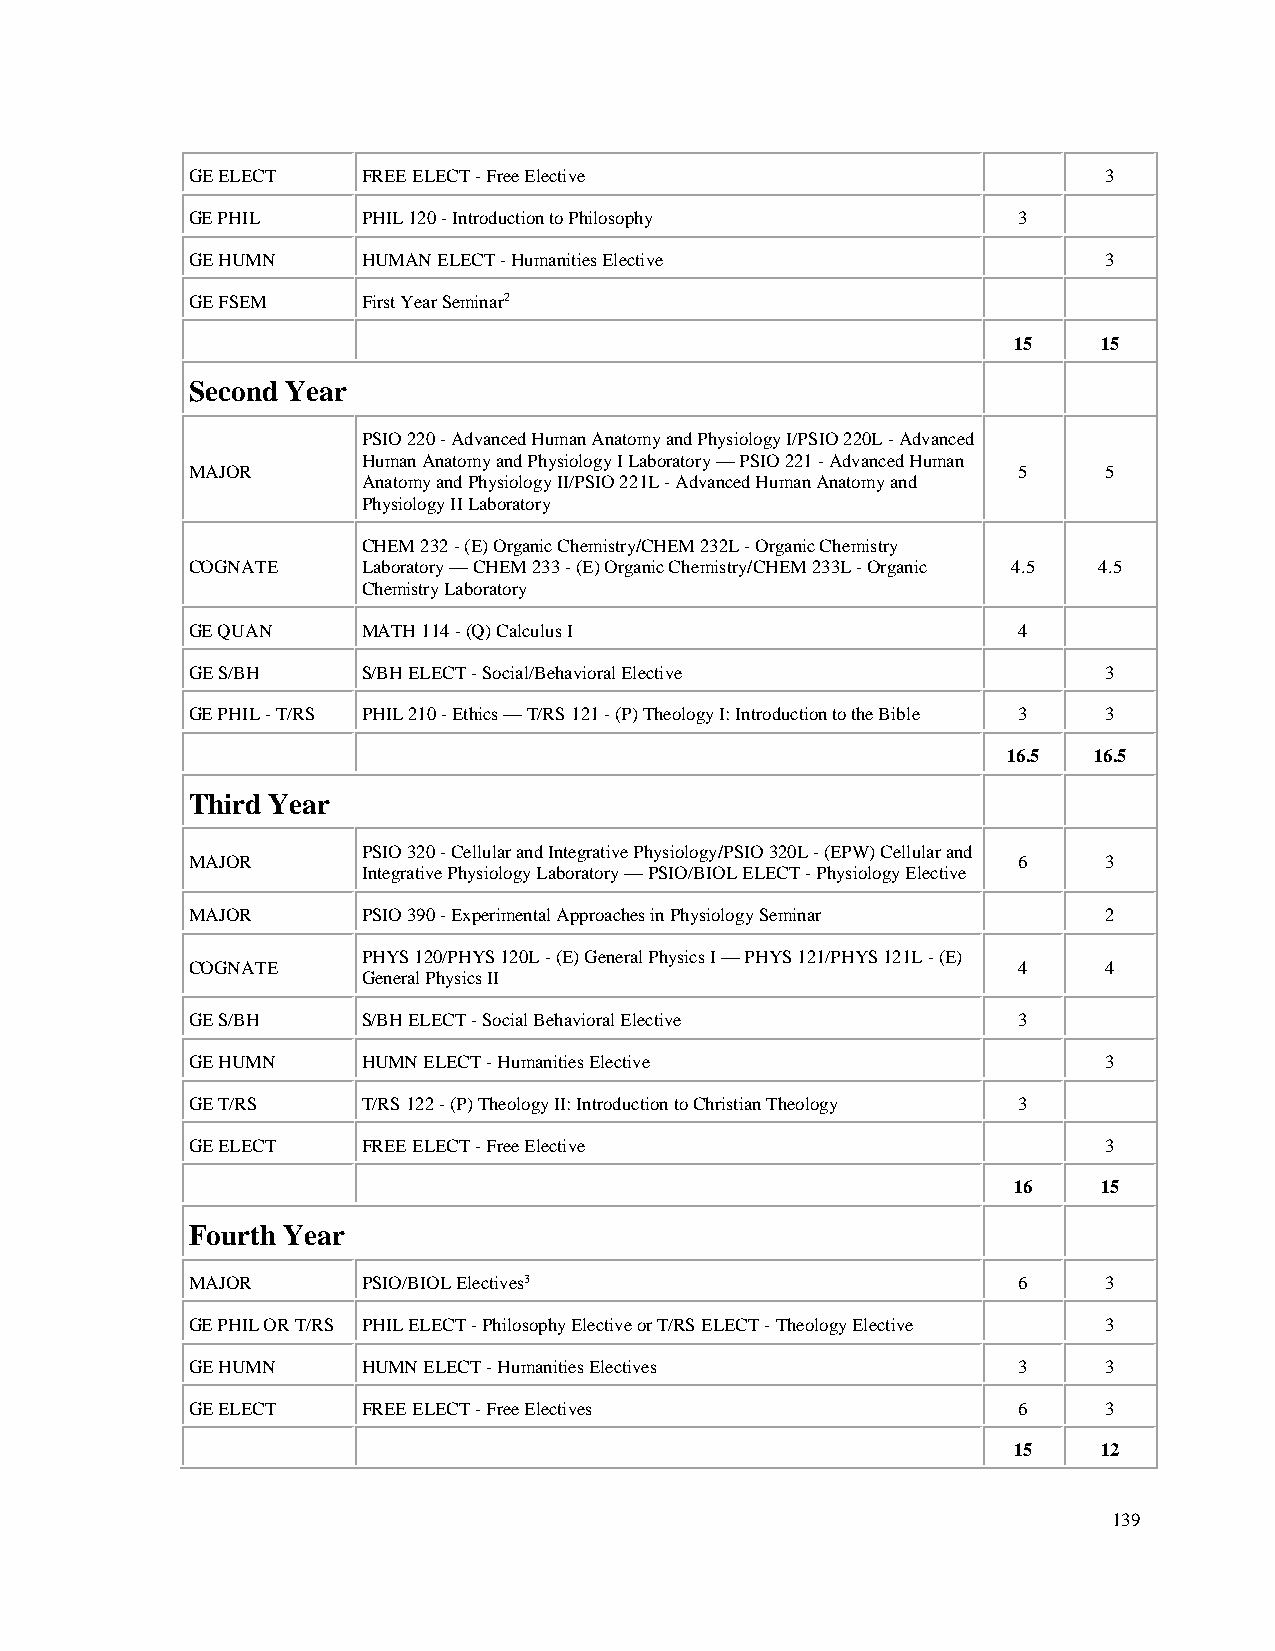
GE ELECT    FREE ELECT - Free Elective                       3
 GE PHIL     PHIL 120 - Introduction to Philosophy      3
 GE HUMN     HUMAN ELECT - Humanities Elective                3
 GE FSEM     First Year Seminar2
 15    15
 Second Year
 PSIO 220 - Advanced Human Anatomy and Physiology I/PSIO 220L - Advanced
 Human Anatomy and Physiology I Laboratory — PSIO 221 - Advanced Human
 MAJOR                                                  5     5
 Anatomy and Physiology II/PSIO 221L - Advanced Human Anatomy and
 Physiology II Laboratory
 CHEM 232 - (E) Organic Chemistry/CHEM 232L - Organic Chemistry
 COGNATE     Laboratory — CHEM 233 - (E) Organic Chemistry/CHEM 233L - Organic 4.5 4.5
 Chemistry Laboratory
 GE QUAN     MATH 114 - (Q) Calculus I                  4
 GE S/BH     S/BH ELECT - Social/Behavioral Elective          3
 GE PHIL - T/RS PHIL 210 - Ethics — T/RS 121 - (P) Theology I: Introduction to the Bible 3 3
 16.5 16.5
 Third Year
 PSIO 320 - Cellular and Integrative Physiology/PSIO 320L - (EPW) Cellular and
 MAJOR                                                  6     3
 Integrative Physiology Laboratory — PSIO/BIOL ELECT - Physiology Elective
 MAJOR       PSIO 390 - Experimental Approaches in Physiology Seminar 2
 PHYS 120/PHYS 120L - (E) General Physics I — PHYS 121/PHYS 121L - (E)
 COGNATE                                                4     4
 General Physics II
 GE S/BH     S/BH ELECT - Social Behavioral Elective    3
 GE HUMN     HUMN ELECT - Humanities Elective                 3
 GE T/RS     T/RS 122 - (P) Theology II: Introduction to Christian Theology 3
 GE ELECT    FREE ELECT - Free Elective                       3
 16    15
 Fourth Year
 MAJOR       PSIO/BIOL Electives3                       6     3
 GE PHIL OR T/RS PHIL ELECT - Philosophy Elective or T/RS ELECT - Theology Elective 3
 GE HUMN     HUMN ELECT - Humanities Electives          3     3
 GE ELECT    FREE ELECT - Free Electives                6     3
 15    12
 139